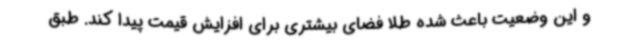
و این وضعیت باعث شده طلا فضای بیشتری برای افزایش قیمت پیدا کند. طبق